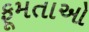
ફૂમતાઓ